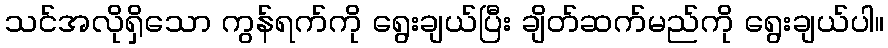
သင်အလိုရှိသော ကွန်ရက်ကို ရွေးချယ်ပြီး ချိတ်ဆက်မည်ကို ရွေးချယ်ပါ။